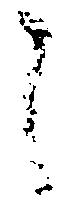
之